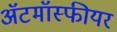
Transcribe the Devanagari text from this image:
ॲटमॉस्फीयर